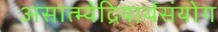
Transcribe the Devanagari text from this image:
असात्म्येंद्रियार्थसंयोग